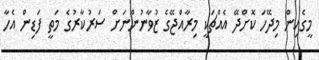
މީގެއިން މިދޭހަ ކޮށްދޭ އެއްްޗަކީ މިރާއްޖޭގެ ޒުވާނުންނަށް ސަރުކާރުގެ މަތީ ފަޑިން އެހާ